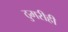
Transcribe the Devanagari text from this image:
ठुमरीही